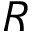
R